Indian journal of veterinary science and animal husbandry - Volume 1,
Year: 1931
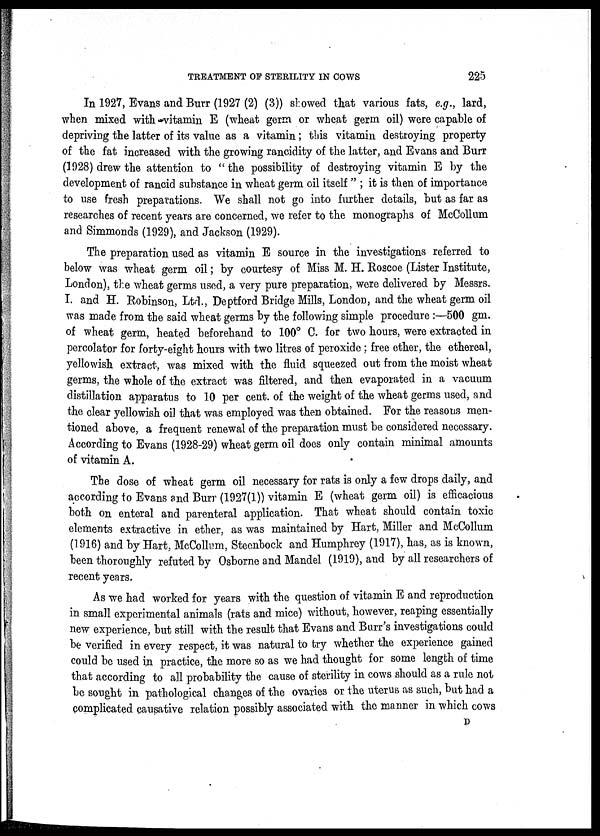
TREATMENT OF STERILITY IN COWS
225
In 1927, Evans and Burr (1927 (2) (3)) showed that various fats, e.g., lard,
when mixed with vitamin E (wheat germ or wheat germ oil) were capable of
depriving the latter of its value as a vitamin; this vitamin destroying property
of the fat increased with the growing rancidity of the latter, and Evans and Burr
(1928) drew the attention to "the possibility of destroying vitamin E by the
development of rancid substance in wheat germ oil itself " ; it is then of importance
to use fresh preparations. We shall not go into further details, but as far as
researches of recent years are concerned, we refer to the monographs of McCollum
and Simmonds (1929), and Jackson (1929).
The preparation used as vitamin E source in the investigations referred to
below was wheat germ oil; by courtesy of Miss M. H. Roscoe (Lister Institute,
London), the wheat germs used, a very pure preparation, were delivered by Messrs.
I. and H. Robinson, Ltd., Deptford Bridge Mills, London, and the wheat germ oil
was made from the said wheat germs by the following simple procedure :—500 gm.
of wheat germ, heated beforehand to 100° C. for two hours, were extracted in
percolator for forty-eight hours with two litres of peroxide ; free ether, the ethereal,
yellowish extract, was mixed with the fluid squeezed out from the moist wheat
germs, the whole of the extract was filtered, and then evaporated in a vacuum
distillation apparatus to 10 per cent. of the weight of the wheat germs used, and
the clear yellowish oil that was employed was then obtained. For the reasons men-
tioned above, a frequent renewal of the preparation must be considered necessary.
According to Evans (1928-29) wheat germ oil does only contain minimal amounts
of vitamin A.
The dose of wheat germ oil necessary for rats is only a few drops daily, and
according to Evans and Burr (1927(1)) vitamin E (wheat germ oil) is efficacious
both on enteral and parenteral application. That wheat should contain toxic
elements extractive in ether, as was maintained by Hart, Miller and McCollum
(1916) and by Hart, McCollum, Steenbock and Humphrey (1917), has, as is known,
been thoroughly refuted by Osborne and Mandel (1919), and by all researchers of
recent years.
As we had worked for years with the question of vitamin E and reproduction
in small experimental animals (rats and mice) without, however, reaping essentially
new experience, but still with the result that Evans and Burr's investigations could
be verified in every respect, it was natural to try whether the experience gained
could be used in practice, the more so as we had thought for some length of time
that according to all probability the cause of sterility in cows should as a rule not
be sought in pathological changes of the ovaries or the uterus as such, but had a
complicated causative relation possibly associated with the manner in which cows
D